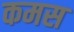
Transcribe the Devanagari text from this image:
कमस